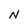
Character: N